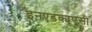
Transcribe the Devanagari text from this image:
इनएडक्यूएसी